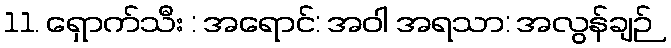
11. ရှောက်သီး : အရောင်: အဝါ အရသာ: အလွန်ချဉ်